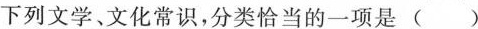
下列文学、文化常识，分类恰当的一项是 ()